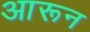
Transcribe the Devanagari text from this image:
आरून